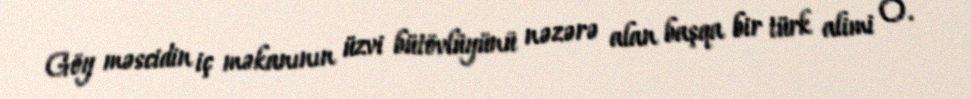
Göy məscidin iç məkanının üzvi bütövlüyünü nəzərə alan başqa bir türk alimi O.